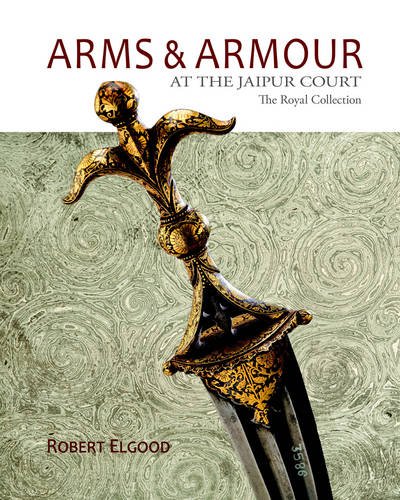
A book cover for Arms & Armour: At the Jaipur Court the Royal Collection; Robert Elgood; Crafts, Hobbies & Home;